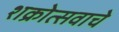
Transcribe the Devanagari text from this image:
शक्रोत्सवाचे